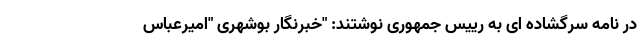
در نامه سرگشاده ای به رییس جمهوری نوشتند: "خبرنگار بوشهری "امیرعباس